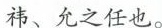
祎、允之任也。